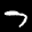
Label: 7